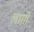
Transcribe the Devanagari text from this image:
लार्गी